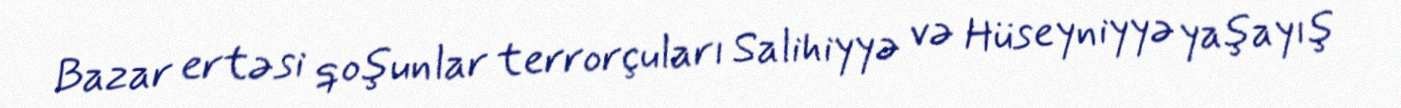
Bazar ertəsi qoşunlar terrorçuları Salihiyyə və Hüseyniyyə yaşayış